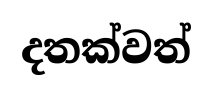
දතක්වත්